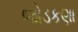
જોડકણા